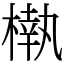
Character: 𣙀